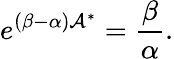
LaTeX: e^{(\beta-\alpha)\mathcal{A}^{\ast}}=\frac{\beta}{\alpha}.